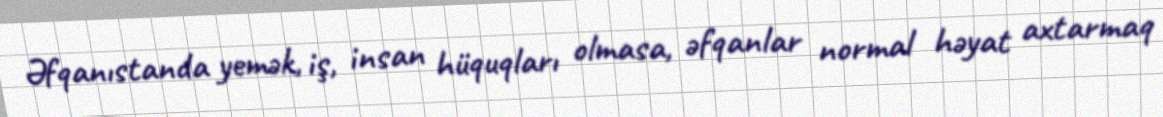
Əfqanıstanda yemək, iş, insan hüquqları olmasa, əfqanlar normal həyat axtarmaq